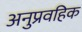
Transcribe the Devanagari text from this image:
अनुप्रवहिक